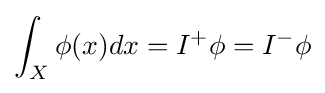
\int _{X}\phi (x)dx=I^{+}\phi =I^{-}\phi